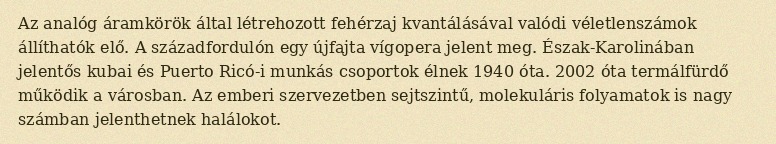
Az analóg áramkörök által létrehozott fehérzaj kvantálásával valódi véletlenszámok állíthatók elő. A századfordulón egy újfajta vígopera jelent meg. Észak-Karolinában jelentős kubai és Puerto Ricó-i munkás csoportok élnek 1940 óta. 2002 óta termálfürdő működik a városban. Az emberi szervezetben sejtszintű, molekuláris folyamatok is nagy számban jelenthetnek halálokot.